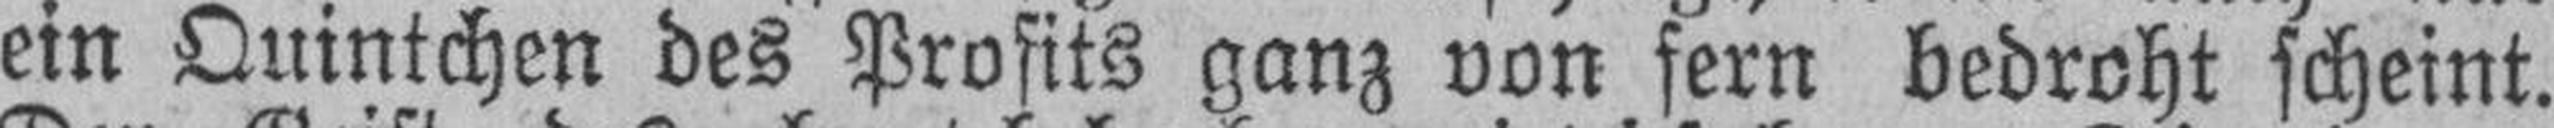
ein Quintchen des Prosits ganz von fern bedroht scheint.